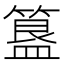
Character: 簋